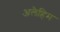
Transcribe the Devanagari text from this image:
अलैहिम